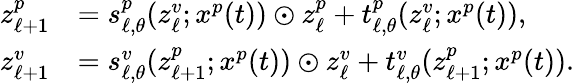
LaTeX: \begin{array}{rl}{z_{\ell+1}^{p}}&{=s_{\ell,\theta}^{p}(z_{\ell}^{v};x^{p}(t))\odot z_{\ell}^{p}+t_{\ell,\theta}^{p}(z_{\ell}^{v};x^{p}(t)),}\\ {z_{\ell+1}^{v}}&{=s_{\ell,\theta}^{v}(z_{\ell+1}^{p};x^{p}(t))\odot z_{\ell}^{v}+t_{\ell,\theta}^{v}(z_{\ell+1}^{p};x^{p}(t)).}\end{array}